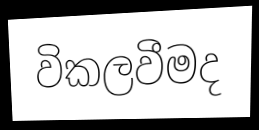
විකලවීමද